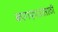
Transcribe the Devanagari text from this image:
कागदपत्रांसाठी